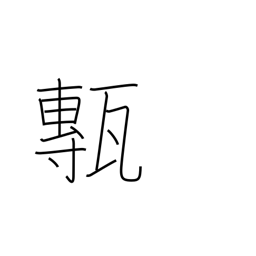
Meaning: floor tiles